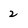
Character: 2